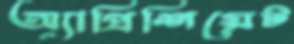
অ্যাপ্রিশিয়েট